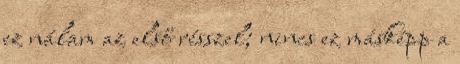
ez nálam az első résszel; nincs ez másképp a